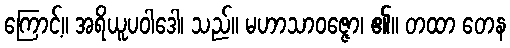
ကြောင့်။ အရိယူပဝါဒေါ၊ သည်။ မဟာသာဝဇ္ဇော၊ ၏။ တထာ တေန